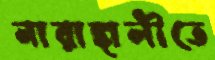
নারাঙ্গালীতে